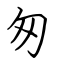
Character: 匆